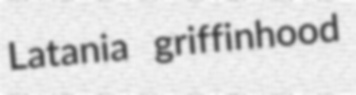
Latania griffinhood